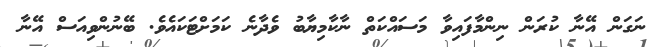
ނަގަން އޭނާ ކުރަން ނިންމާފައިވާ މަސައްކަތް ނާކާމިޔާބު ވެދާނެ ކަމަށްޓަކައެވެ. ބޭނުންވިއަސް އޭނާ